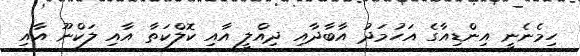
ހިމެނެނީ އިންޑިއާގެ އަހުމަދު އާބާދާއި ދިއްލީ އާއި ކޮލްކަތާ އާއި ލަކްނޫ އާއި